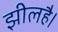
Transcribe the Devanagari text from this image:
झीलहै।